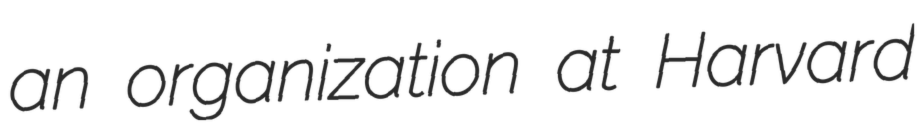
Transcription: an organization at Harvard